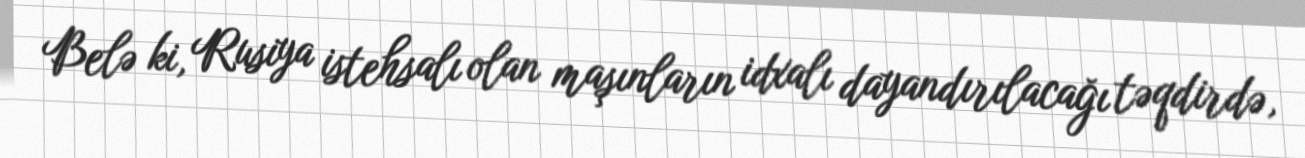
Belə ki, Rusiya istehsalı olan maşınların idxalı dayandırılacağı təqdirdə,